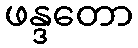
ဖန္ဒတော